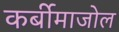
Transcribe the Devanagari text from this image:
कर्बीमाजोल